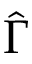
\hat { \Gamma }